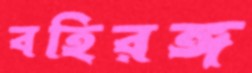
বহিরঙ্গ